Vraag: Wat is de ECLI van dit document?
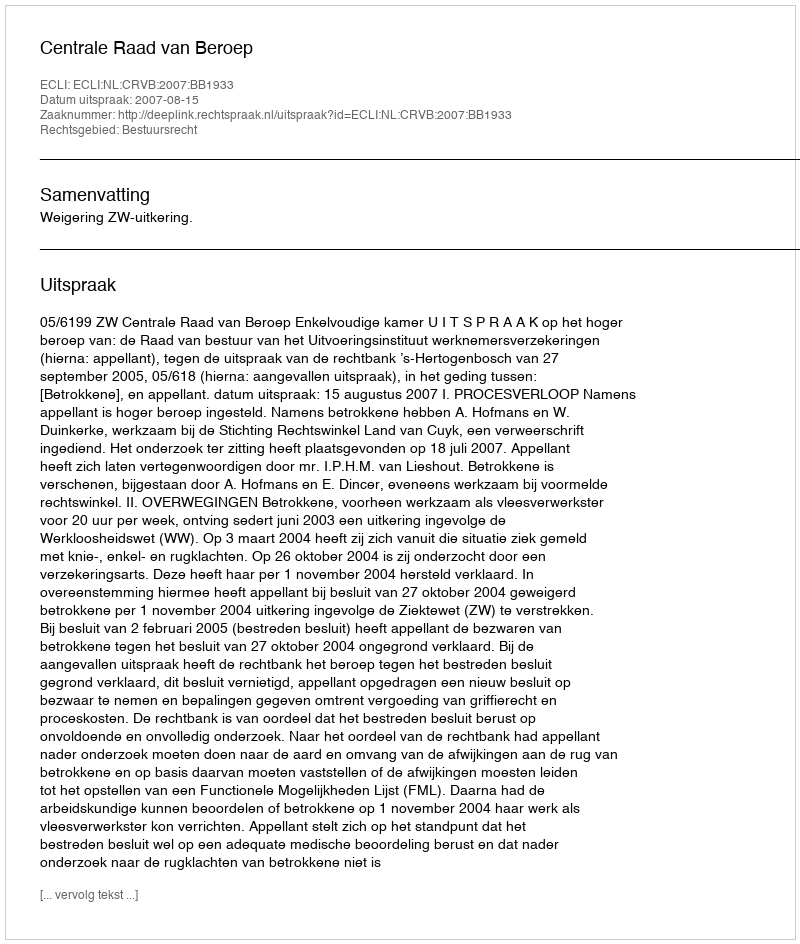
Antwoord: ECLI:NL:CRVB:2007:BB1933